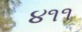
૪૧૧